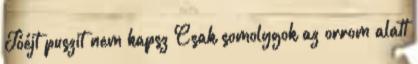
Jóéjt puszit nem kapsz Csak somolygok az orrom alatt